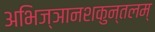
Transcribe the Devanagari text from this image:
अभिज्ञानशकुन्तलम्